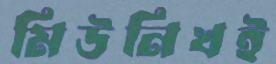
মিউনিখই